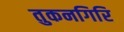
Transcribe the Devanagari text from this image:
तुकनगिरि